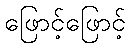
ဖြောင့်ဖြောင့်